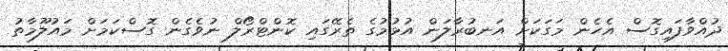
ދުއްވާފައިގޮސް އެހެން މަގަކަށް އަނބުރާލަން އުޅުމުގެ ތެރޭގައި ކޮންޓްރޯލް ނުވެގެން ގޮސްކަމަށް މައުލޫމާތު